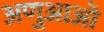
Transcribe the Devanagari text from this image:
अणुआओ